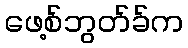
ဖေ့စ်ဘွတ်ခ်က